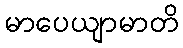
မာပေယျာမာတိ